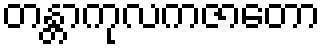
တန္တာကုလကဇာတော